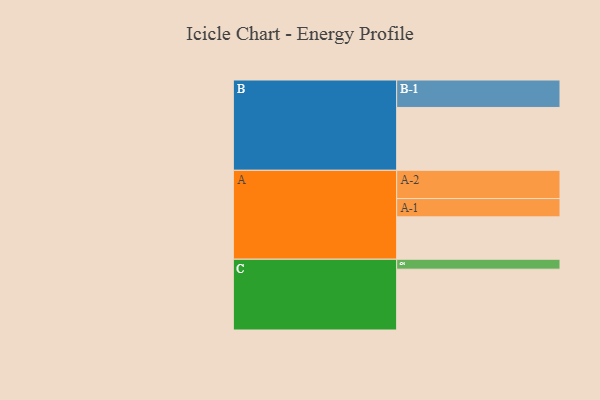
{"axis": {"x": "Segment", "y": "Value"}, "legend": ["", "A", "B", "C"], "data": [{"x": "A", "y": 375, "type": ""}, {"x": "B", "y": 556, "type": ""}, {"x": "C", "y": 538, "type": ""}, {"x": "A-1", "y": 162, "type": "A"}, {"x": "A-2", "y": 250, "type": "A"}, {"x": "B-1", "y": 243, "type": "B"}, {"x": "C-1", "y": 88, "type": "C"}]}